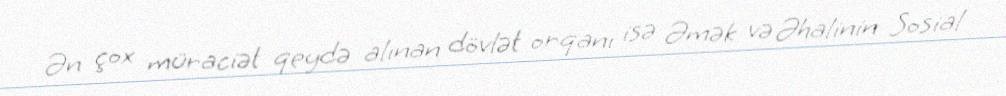
Ən çox müraciət qeydə alınan dövlət orqanı isə Əmək və Əhalinin Sosial